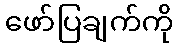
ဖော်ပြချက်ကို